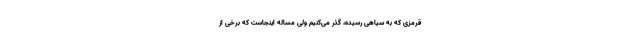
قرمزی که به سیاهی رسیده، گذر می‌کنیم ولی مساله اینجاست که برخی از